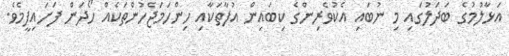
އަޅާލުމުގެ ބަދަލުގައި މި ނުބައި އެކުވެރިންގެ ކިބައިން އުފާތަކާއި ހިންހަމަޖެހުންތަކެއް ހޯދަން ފަށައިފީމެވެ.